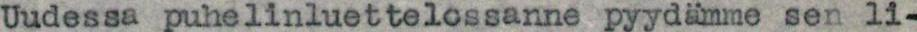
Uudessa puhelinluettelossanne pyydämme sen li-